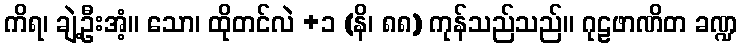
ကိရ၊ ချဲ့ဦးအံ့။ သော၊ ထိုတင်လဲ +၁ (နိ၊ ၈၈) ကုန်သည်သည်။ ဂုဠဖာဏိတ ခဏ္ဍ